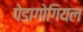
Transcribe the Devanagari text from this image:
पेडागोगियल